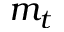
m _ { t }